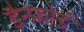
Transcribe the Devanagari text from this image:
डैन्फ़ोर्ड